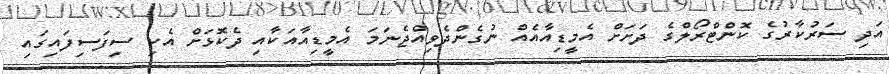
އަދި ސަރުކާރުގެ ކޮންޓްރޯލްގެ ދަށަށް އެމީޑިއާއެއް ނުގެންދެވިއްޖެނަމަ އެމީޑިއާއަކާއި ދެކޮޅަށް އެކި ސިފަސިފައިގައި